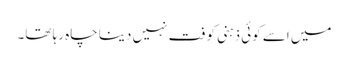
میں اسے کوئی ذہنی کوفت نہیں دینا چاہ رہا تھا۔